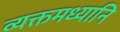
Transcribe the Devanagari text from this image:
व्यक्तमध्यानि